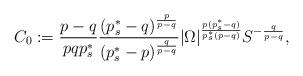
LaTeX: \begin{align*}C_0:=\frac{p-q}{pq p^*_s}\frac{(p_s^\ast-q)^{\frac{p}{p-q}}}{(p_s^\ast-p)^{\frac{q}{p-q}}}|\Omega|^{\frac{p(p_s^\ast-q)}{ p_s^\ast (p-q)}}S^{-\frac{q}{p-q}},\end{align*}